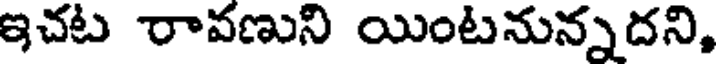
ఇచట రావణుని యింటనున్నదని,